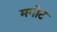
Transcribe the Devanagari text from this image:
मगोट